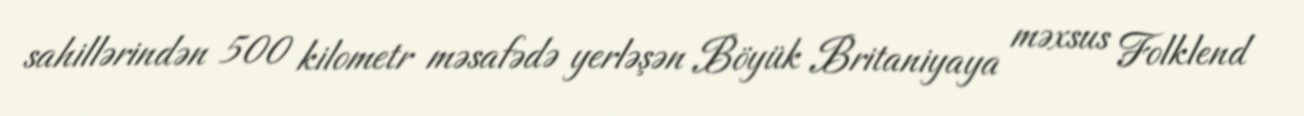
sahillərindən 500 kilometr məsafədə yerləşən Böyük Britaniyaya məxsus Folklend